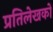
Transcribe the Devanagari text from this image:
प्रतिलेखकों